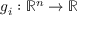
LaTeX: g _ { i } : \mathbb { R } ^ { n } \to \mathbb { R }